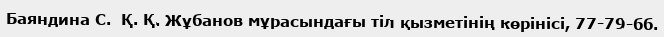
Баяндина С.  Қ. Қ. Жұбанов мұрасындағы тіл қызметінің көрінісі, 77-79-бб.